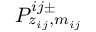
P _ { z _ { i j } , m _ { i j } } ^ { i j \pm }